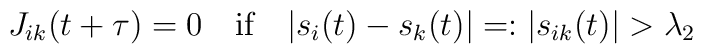
J_{ik}(t+\tau)=0\quad\mbox{if}\quad  |s_i(t)-s_k(t)|=:|s_{ik}(t)|>\lambda_2